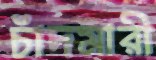
চাঁদমারী